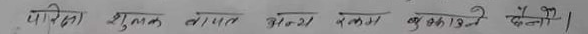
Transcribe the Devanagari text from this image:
परिचय, शुल्क, लागत, आयोजना, संचालन, बुझाउनेछैन ।